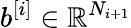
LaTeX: b^{[i]}\in\mathbb{R}^{N_{i+1}}